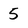
Character: 5